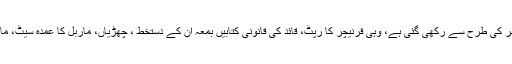
مثلاً قائد اعظم کے کمرے کی سیٹنگ ان کے دہلی والے گھر کی طرح سے رکھی گئی ہے، وہی فرنیچر کا رپٹ، قائد کی قانونی کتابیں بمعہ ان کے دستخط ، چھڑیاں، ماربل کا عمدہ سیٹ، ماربل ہی کا ٹیلی فون سیٹ جواب بھی درست حالت میں ہے ۔